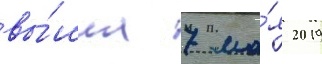
вы́шла 7 ма́я 2019